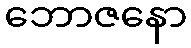
ဘောဇနော